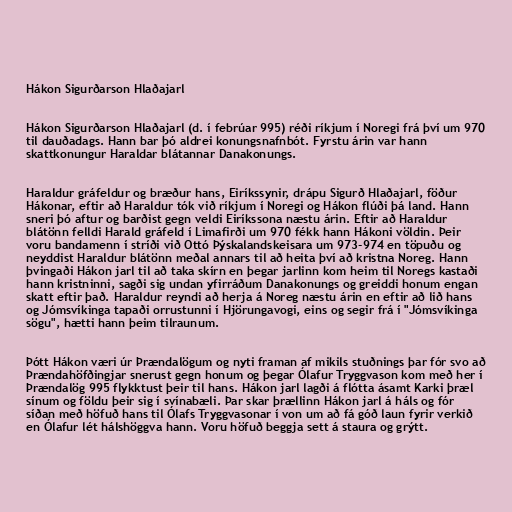
Hákon Sigurðarson Hlaðajarl

Hákon Sigurðarson Hlaðajarl (d. í febrúar 995) réði ríkjum í Noregi frá því um 970
til dauðadags. Hann bar þó aldrei konungsnafnbót. Fyrstu árin var hann
skattkonungur Haraldar blátannar Danakonungs.

Haraldur gráfeldur og bræður hans, Eiríkssynir, drápu Sigurð Hlaðajarl, föður
Hákonar, eftir að Haraldur tók við ríkjum í Noregi og Hákon flúði þá land. Hann
sneri þó aftur og barðist gegn veldi Eiríkssona næstu árin. Eftir að Haraldur
blátönn felldi Harald gráfeld í Limafirði um 970 fékk hann Hákoni völdin. Þeir
voru bandamenn í stríði við Ottó Þýskalandskeisara um 973-974 en töpuðu og
neyddist Haraldur blátönn meðal annars til að heita því að kristna Noreg. Hann
þvingaði Hákon jarl til að taka skírn en þegar jarlinn kom heim til Noregs kastaði
hann kristninni, sagði sig undan yfirráðum Danakonungs og greiddi honum engan
skatt eftir það. Haraldur reyndi að herja á Noreg næstu árin en eftir að lið hans
og Jómsvíkinga tapaði orrustunni í Hjörungavogi, eins og segir frá í "Jómsvíkinga
sögu", hætti hann þeim tilraunum.

Þótt Hákon væri úr Þrændalögum og nyti framan af mikils stuðnings þar fór svo að
Þrændahöfðingjar snerust gegn honum og þegar Ólafur Tryggvason kom með her í
Þrændalög 995 flykktust þeir til hans. Hákon jarl lagði á flótta ásamt Karki þræl
sínum og földu þeir sig í svínabæli. Þar skar þrællinn Hákon jarl á háls og fór
síðan með höfuð hans til Ólafs Tryggvasonar í von um að fá góð laun fyrir verkið
en Ólafur lét hálshöggva hann. Voru höfuð beggja sett á staura og grýtt.